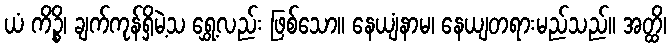
ယံ ကိဉ္စိ၊ ချက်ကုန်ရှိမဲ့သ ရွှေ့လည်း ဖြစ်သော။ နေယျံနာမ၊ နေယျတရားမည်သည်။ အတ္ထိ၊